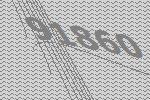
91860